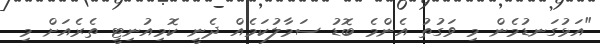
"އަޅުގަނޑުމެން މި ވަގުތު އެންމެ ބޮޑު ސަމާލުކަމެއް ދެނީ ކޮމިއުނިޓީ ތެރެއަށް މި